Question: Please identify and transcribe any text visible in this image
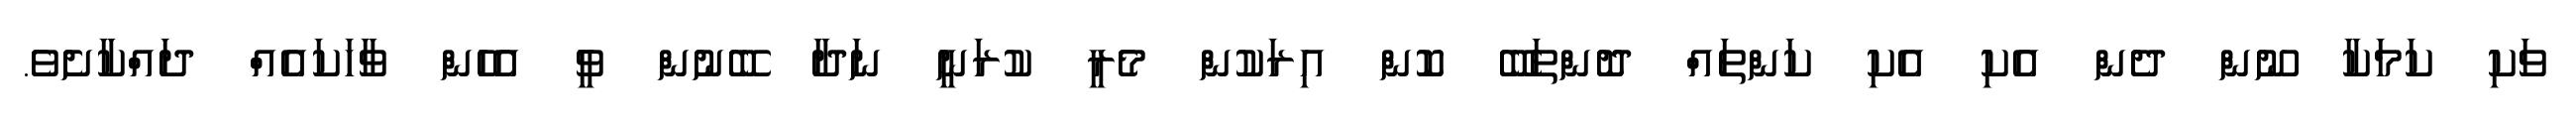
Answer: ވަކި ކަމަކާ ނޫން ދެން އެކި އެކި ކަންތައް ދޮންތަބޭ ކޮން އިރަކުން މެރީ ކުރަނީ ނަދާ ބޭނުން ވީ އެހެން ވާހަކައެއް ދައްކާށެވެ.